Scottish Leaving Certificate Examination, 1953
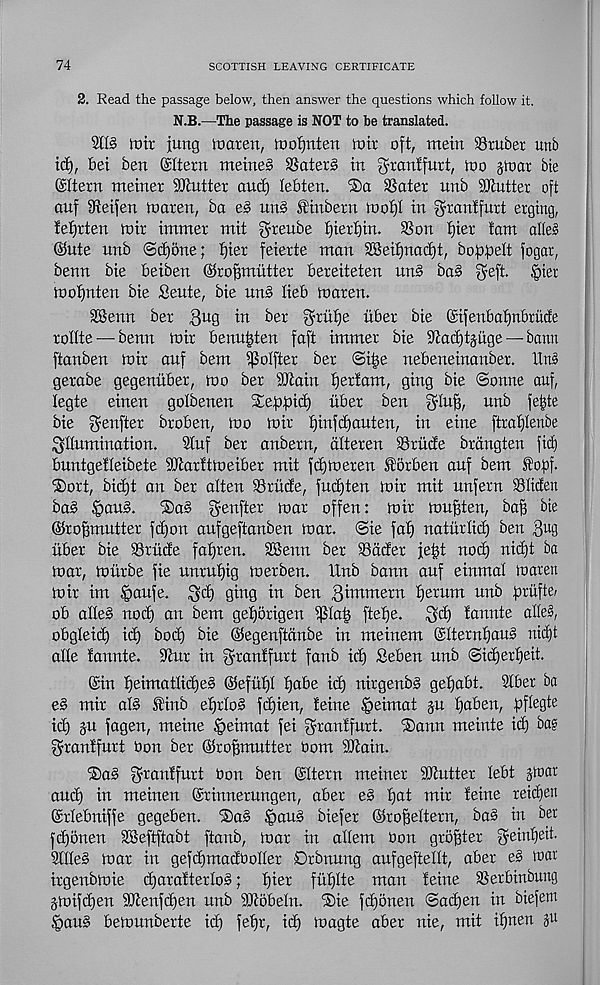
74
SCOTTISH LEAVING CERTIFICATE
2. Read the passage below, then answer the questions which follow it.
N.B.—The passage is NOT to be translated.
2113 hi it juttg iuatett, hiofjttten tuit oft, mein Sruber unb
id), bei ben ©Item meine§ SSater3 in granffurt, loo jib at bie
©Item meiner Gutter and) lebten.
SSater unb Gutter oft
auf ifteifen loaren, ba e3 un3 ftinbern loot)! in fyrantfurt erging,
fefjrten loir immer mit greube f)ierf)in. SSon tjier tarn afie§
@ute nnb <Bd)one; f)ier feierte man SBeifjnad)!, bobpett fogar,
benn bie beiben ©ro^mtitter bereiteten un3 ba§ geft. $iet
lootjnten bie Sente, bie un§ lieb loaten.
SSenn bet 3 U Q in bet ^riitje tiber bie GsifenbatjnbrMe
rodte —benn loir benn^ten faft immer bie 9tact)tjuge — banrt
ftanben loir auf bem ifSoIfter ber ©i|e nebeneinanber. Hub
gerabe gegenuber, loo ber SJtairt fjerfam, ging bie (Sonne auf,
legte einen golbenen S£etOpid) iiber ben gluff, unb fe|te
bie genfter broben, loo loir fjinfdjauten, in eine ftratjtenbe
illumination.
2tuf ber anbetn, dtteren Sriide brdngten fid)
buntgetteibete iOtarftloeiber mit fdjiueren lotben auf bem Stofif.
'Sort, bid)t an ber alien SSritde, fud)ten loir mit unfern SSIitfen
ba3 §au3.
S)a3 ienfter loar offen: loir loufften, baf; bie
©rofjmutter fd)on aufgeftanben toar. Sie fat) naturtid) ben 3 U 3
iiber bie 93rude faf)ren. 2Benn ber SSdder je^t nod) nid)t ba
loar, loiirbe fie unrufjig toerben. Unb bann auf einmal loaren
loir im Ipaufe. id) ging in ben 3immern Return unb briifte/
ob afte3 nod) an bem getjorigen ^latj ftefje.
id) lannte alle§,
obgleid) ict) bod) bie ©egenftdnbe in meinem @tternf)au3 nidft
alle tannte. 9iur in iranffurt fanb id) Seben unb (Sidfertjeit.
©in t)eimatlict)e3 ©efiit)! t)abe id) nirgenb3 get)abt. 2tber ba
e§ mir al3 finb ef)rto3 fd)ien, feme ^eimat ju f)aben, pflegte
id) §u fagen, meine £>eimat fei iranffurt. ‘©ann meinte id) ba?
iranffurt bon ber ©rofjmutter bom SJiain.
®a3 iranffurt bon ben ©Item meiner Sttutter lebt jlbar
and) in meinen ©tinnerungen, aber e3 f)at mir feine teidjen
©rlebniffe gegeben. Sag §au§ biefer ©roffeltern, ba3 in ber
fdjonen SBeftftabt ftanb, loar in altem bon groffter 3einl)ett.
2lIIe3 loar in gefdjmadbolter Drbnung aufgeftellt, aber e§ war
irgenbioie d)arafterIo3; f)ier fuf)Ite man feine SSerbinbung
gloifd)en 9Jcenfd)en unb DJtobeln. ®ie fd)5nen ©ad)en in biefem
§au§ beiounberte id) fet)r, id) loagte aber nie, mit ifjnen §u